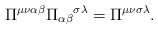
\begin{align*}\Pi^{\mu\nu\alpha\beta} {\Pi_{\alpha\beta}}^{\sigma\lambda} = \Pi^{\mu\nu\sigma\lambda}.\end{align*}